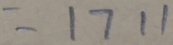
= 1 7 1 1